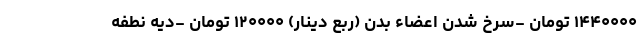
۱۴۴۰۰۰۰ تومان -سرخ شدن اعضاء بدن (ربع دینار) ۱۲۰۰۰۰ تومان -دیه نطفه